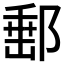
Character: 𨜚